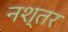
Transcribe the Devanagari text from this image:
नश्तर